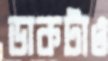
ডাকটাও